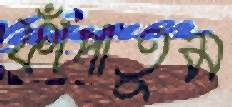
ফাঁপাতুম